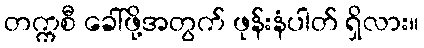
တက္ကစီ ခေါ်ဖို့အတွက် ဖုန်းနံပါတ် ရှိလား။